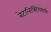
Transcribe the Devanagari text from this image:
वेटलिफ्टिंगमध्ये